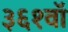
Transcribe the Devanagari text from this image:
३६१वॉ